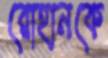
রোহানকে